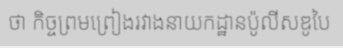
ថា កិច្ចព្រមព្រៀងរវាងនាយកដ្ឋានប៉ូលីសឌូបៃ